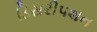
ડિસરીપશન